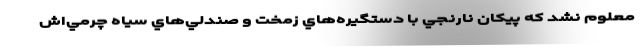
معلوم نشد كه پيكان نارنجي با دستگيره‌هاي زمخت و صندلي‌هاي سياه چرمي‌اش